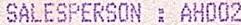
SALESPERSON : AH002